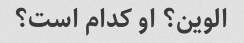
الوین؟ او کدام است؟